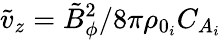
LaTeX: \tilde{v}_{z}=\tilde{B}_{\phi}^{2}/8\pi\rho_{0_{i}}C_{A_{i}}